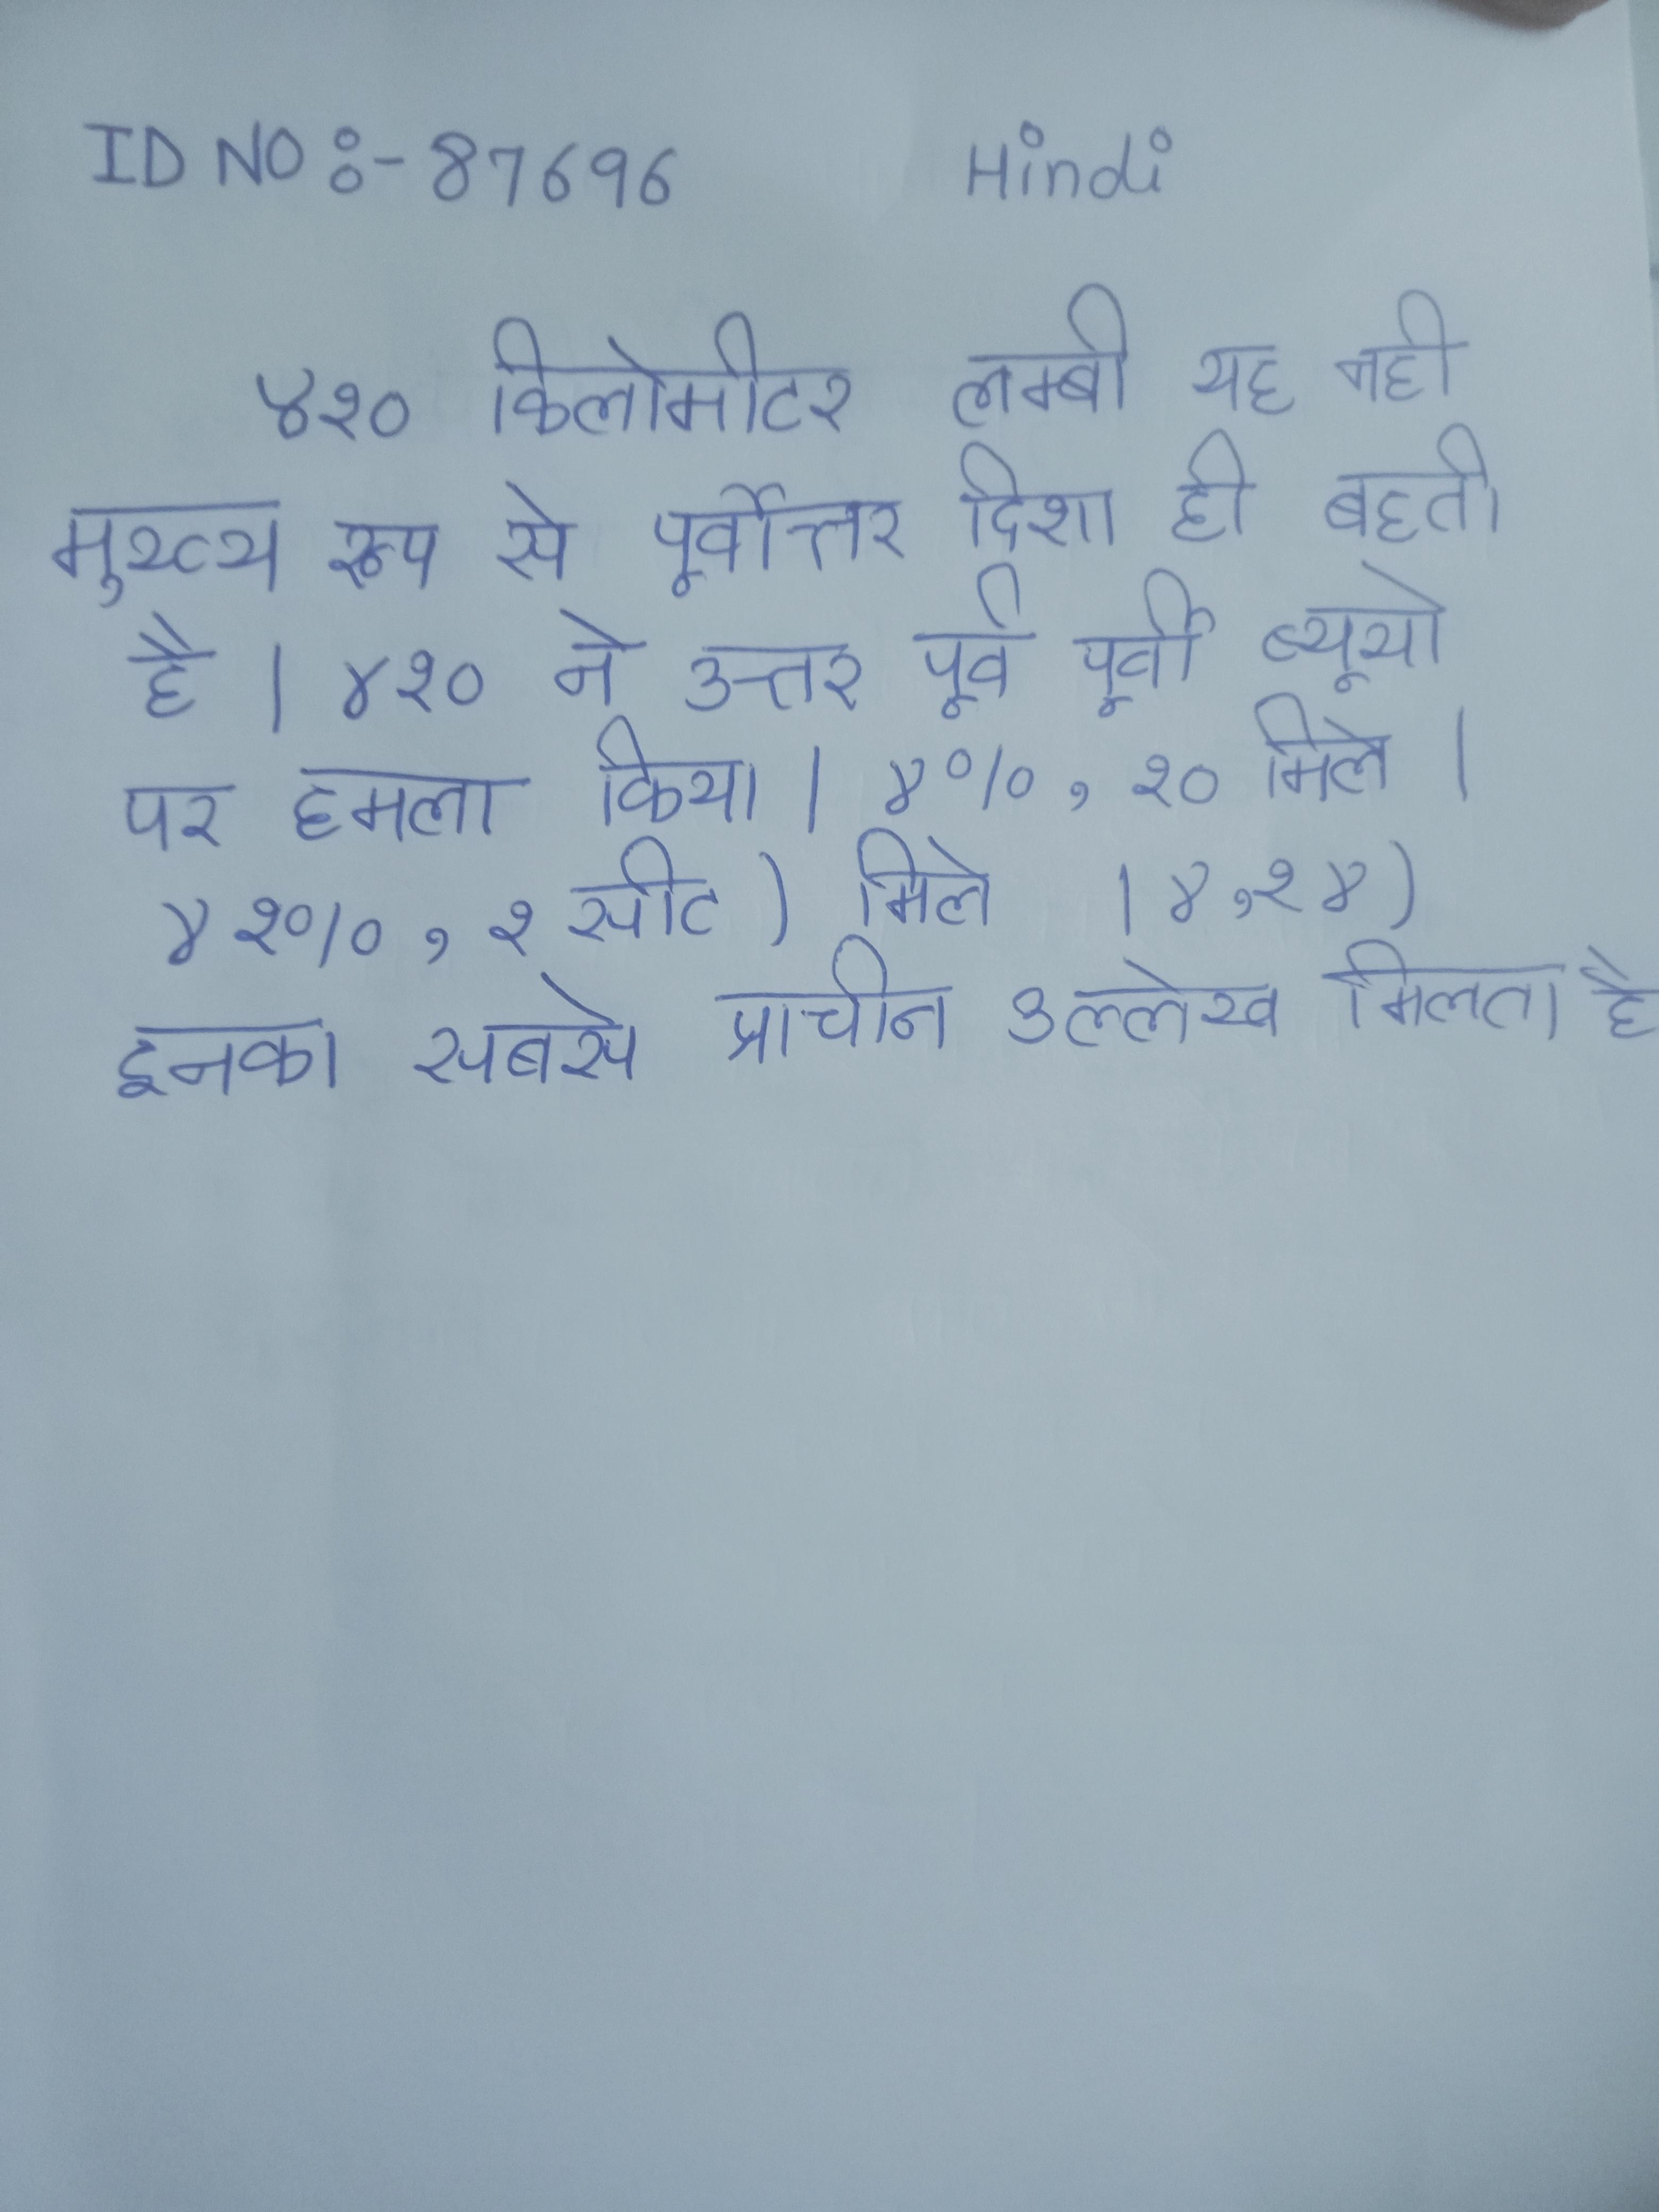
४१० किलोमीटर लम्बी यह नदी मुख्य रूप से पूर्वोत्तर दिशा ही बहती है । ४१० ने उत्तर पूर्व पूर्वी ब्यूयो पर हमला किया । ४%, १० मिले । ४१%, १ सीट) मिले । ४,१४) इनका सबसे प्राचीन उल्लेख मिलता है ।